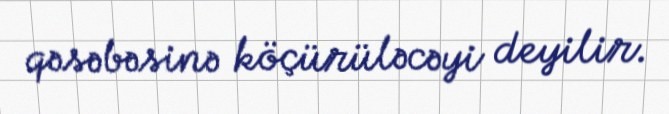
qəsəbəsinə köçürüləcəyi deyilir.